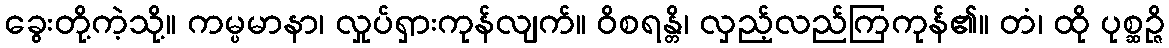
ခွေးတို့ကဲ့သို့။ ကမ္ပမာနာ၊ လှုပ်ရှားကုန်လျက်။ ဝိစရန္တိ၊ လှည့်လည်ကြကုန်၏။ တံ၊ ထို ပုစ္ဆဉ္ဇိ